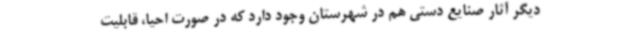
دیگر آثار صنایع دستی هم در شهرستان وجود دارد که در صورت احیا، قابلیت